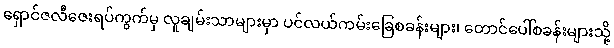
ရှောင်ဇလီဇေးရပ်ကွက်မှ လူချမ်းသာများမှာ ပင်လယ်ကမ်းခြေစခန်းများ၊ တောင်ပေါ်စခန်းများသို့